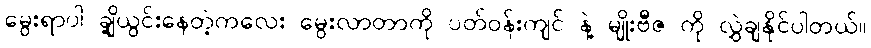
မွေးရာပါ ချို့ယွင်းနေတဲ့ကလေး မွေးလာတာကို ပတ်ဝန်းကျင် နဲ့ မျိုးဗီဇ ကို လွှဲချနိုင်ပါတယ်။